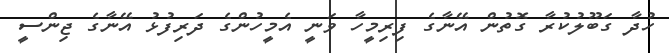
ހުދާ ގަބޫލުކުރާ ގޮތުން އޭނާގެ ފިރިމީހާ ވަނީ އެމީހުންގެ ދަރިފުޅު އޭނާގެ ޖިންސީ